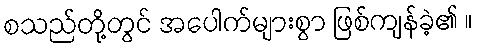
စသည်တို့တွင် အပေါက်များစွာ ဖြစ်ကျန်ခဲ့၏ ။